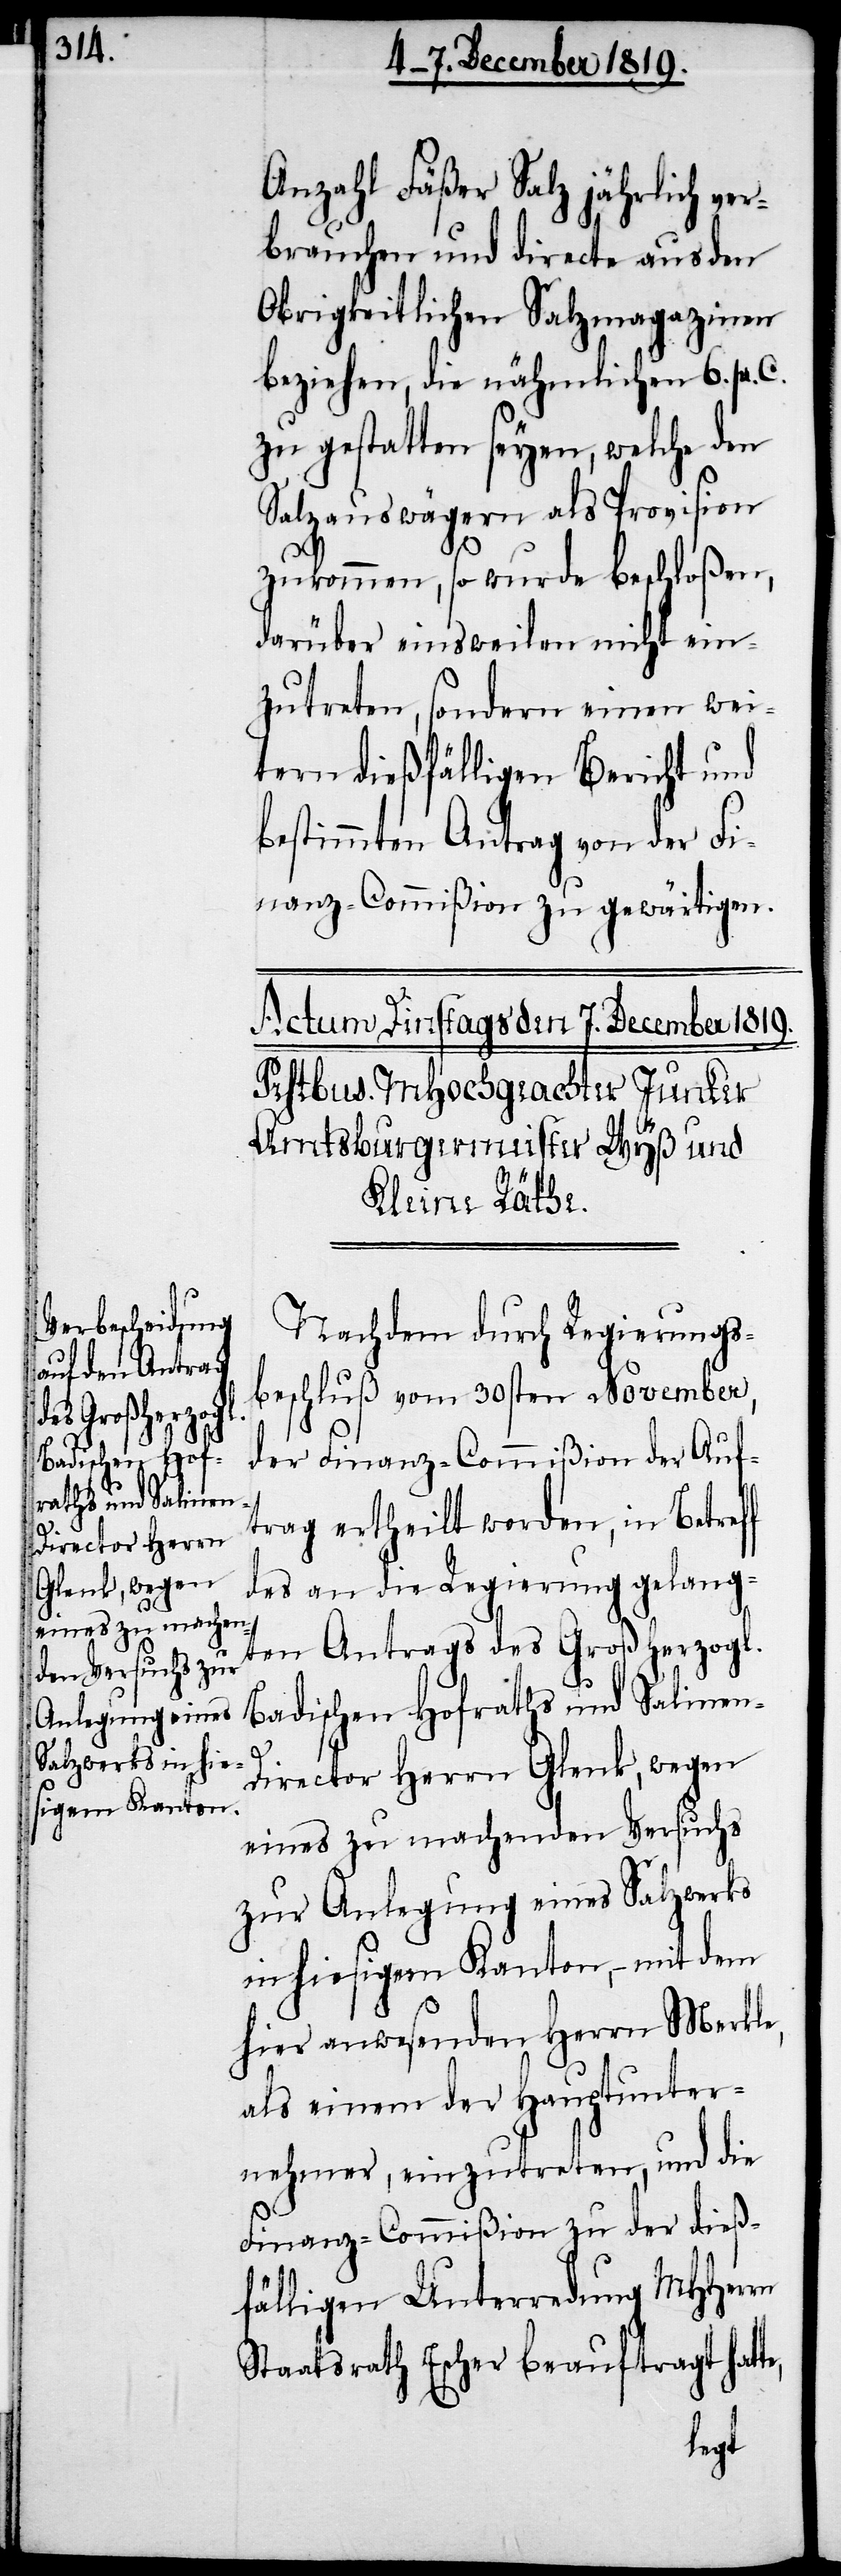
Badischen Hof¬
raths und Salinen-D¬
irector Herrn
Glenk, wegen

Anzahl Fäßer Salz jährlich ver¬
brauchen und directe aus den
Obrigkeitlichen Salzmagazinen
beziehen, die nähmlichen 6. pr. C.
zu gestatten seyen, welche den
Salzauswägern als Provision
zukommen, so wurde beschloßen,
darüber einsweilen nicht ein¬
zutreten, sondern einen wei¬
tern dießfälligen Bericht und
bestimmten Antrag von der Fi¬
nanz-Commißion zu gewärtigen.
Nachdem durch Regierungs¬
beschluß vom 30sten November,
der Finanz-Commißion der Auf¬
trag ertheilt worden, in Betreff
des an die Regierung gelang¬
ten Antrags des Großherzogl.
eines zu machenden Versuchs
zur Anlegung eines Salzwerks
in hiesigem Kanton, – mit dem
hier anwesenden Herrn Merkle,
als einem der Hauptunter¬
nehmer, einzutreten, und die
Finanz-Commißion zu der dieß¬
fälligen Unterredung MHHerrn
Staatsrath Escher beauftragt hatte,